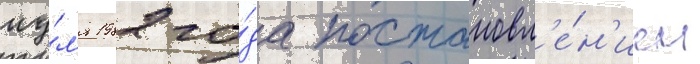
иу́л'я 1982 го́да постановл'е́н'ием